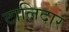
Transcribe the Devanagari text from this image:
टालिदार